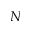
N